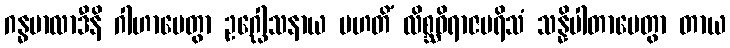
ဂန္ဓမာလာဒီနိ ဂါဟာပေတွာ ဥဂ္ဃေါသနာယ မဟတိံ လိစ္ဆဝိရာဇပရိသံ သန္နိပါတာပေတွာ တာယ